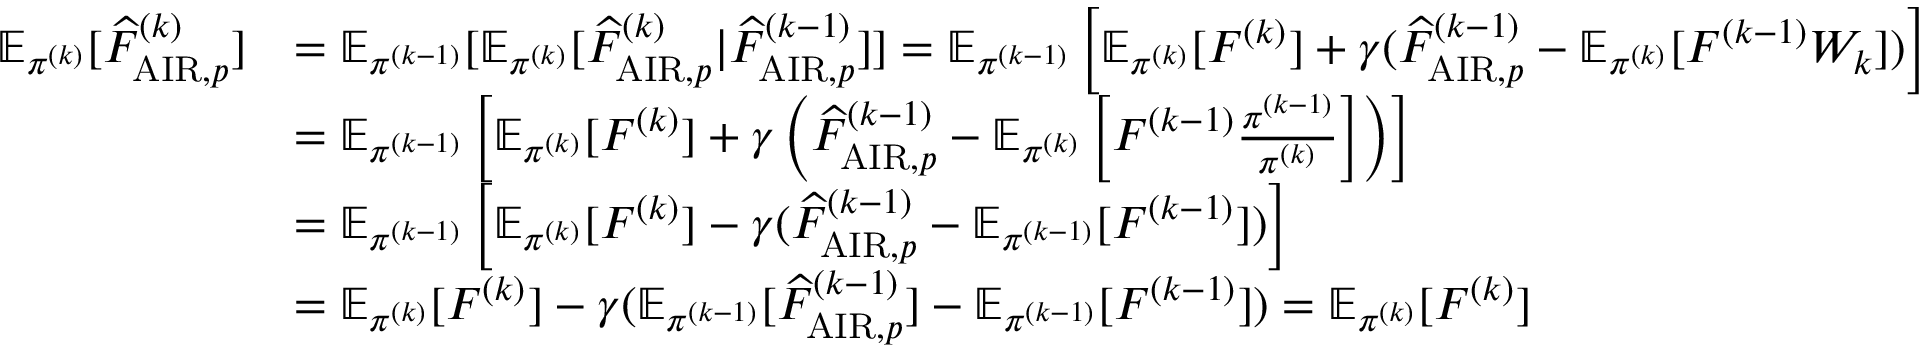
\begin{array} { r l } { \mathbb { E } _ { \pi ^ { ( k ) } } [ \widehat { F } _ { \mathrm { A I R } , p } ^ { ( k ) } ] } & { = \mathbb { E } _ { \pi ^ { ( k - 1 ) } } [ \mathbb { E } _ { \pi ^ { ( k ) } } [ \widehat { F } _ { \mathrm { A I R } , p } ^ { ( k ) } | \widehat { F } _ { \mathrm { A I R } , p } ^ { ( k - 1 ) } ] ] = \mathbb { E } _ { \pi ^ { ( k - 1 ) } } \left[ \mathbb { E } _ { \pi ^ { ( k ) } } [ F ^ { ( k ) } ] + \gamma ( \widehat { F } _ { \mathrm { A I R } , p } ^ { ( k - 1 ) } - \mathbb { E } _ { \pi ^ { ( k ) } } [ F ^ { ( k - 1 ) } W _ { k } ] ) \right] } \\ & { = \mathbb { E } _ { \pi ^ { ( k - 1 ) } } \left[ \mathbb { E } _ { \pi ^ { ( k ) } } [ F ^ { ( k ) } ] + \gamma \left( \widehat { F } _ { \mathrm { A I R } , p } ^ { ( k - 1 ) } - \mathbb { E } _ { \pi ^ { ( k ) } } \left[ F ^ { ( k - 1 ) } \frac { \pi ^ { ( k - 1 ) } } { \pi ^ { ( k ) } } \right] \right) \right] } \\ & { = \mathbb { E } _ { \pi ^ { ( k - 1 ) } } \left[ \mathbb { E } _ { \pi ^ { ( k ) } } [ F ^ { ( k ) } ] - \gamma ( \widehat { F } _ { \mathrm { A I R } , p } ^ { ( k - 1 ) } - \mathbb { E } _ { \pi ^ { ( k - 1 ) } } [ F ^ { ( k - 1 ) } ] ) \right] } \\ & { = \mathbb { E } _ { \pi ^ { ( k ) } } [ F ^ { ( k ) } ] - \gamma ( \mathbb { E } _ { \pi ^ { ( k - 1 ) } } [ \widehat { F } _ { \mathrm { A I R } , p } ^ { ( k - 1 ) } ] - \mathbb { E } _ { \pi ^ { ( k - 1 ) } } [ F ^ { ( k - 1 ) } ] ) = \mathbb { E } _ { \pi ^ { ( k ) } } [ F ^ { ( k ) } ] } \end{array}